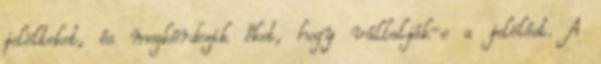
jelölteket, és megkérdezik őket, hogy vállalják-e a jelölést. A